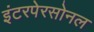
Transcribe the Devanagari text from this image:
इंटरपेरसोनल